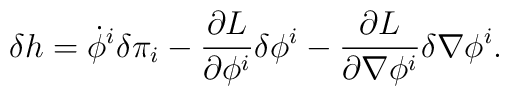
\delta h = \dot{\phi}^i \delta \pi_i            - \frac{\partial L}{\partial \phi^i} \delta \phi^i            - \frac{\partial L}{\partial \nabla \phi^i} \delta \nabla \phi^i.